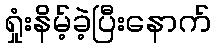
ရှုံးနိမ့်ခဲ့ပြီးနောက်